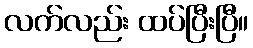
လက်လည်း ထပ်ပြီးပြီ။